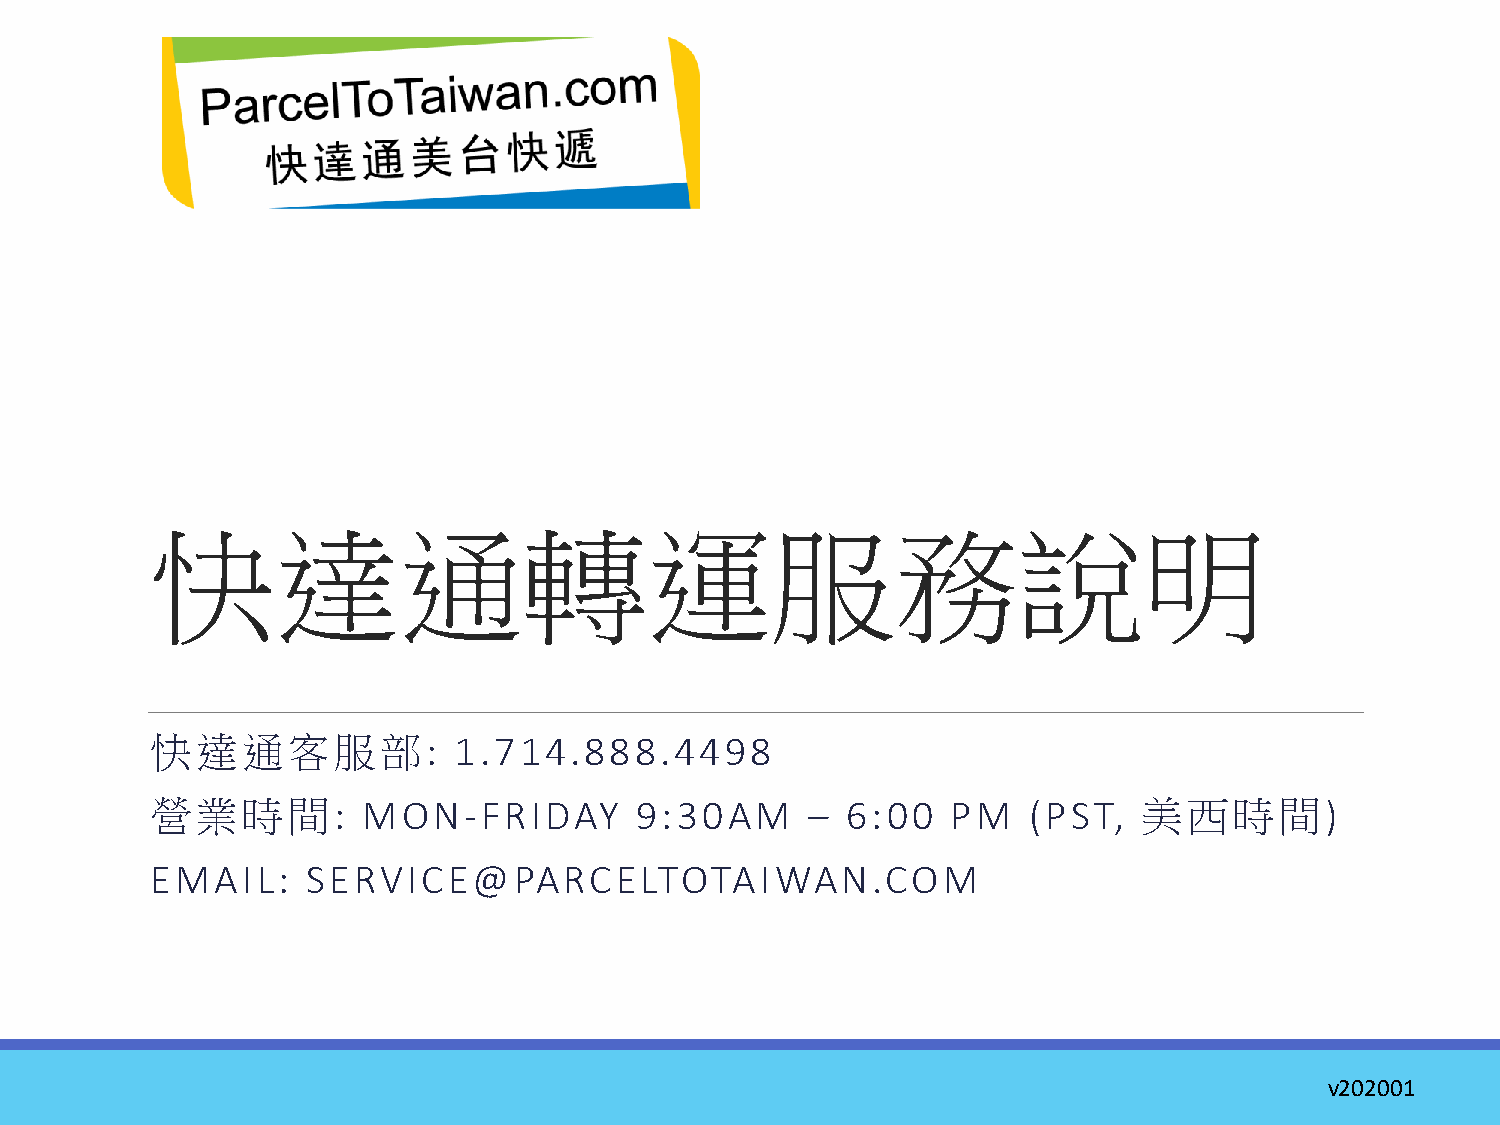
快達通轉運服務說明
 快達通客服部:             1.714.888.4498
 營業時間:         MON-FRIDAY        9:30AM     –  6:00   PM   (PST,   美西時間)
 EMAIL:    SERVICE@PARCELTOTAIWAN.COM
 v202001